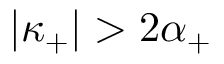
| \kappa _ { + } | > 2 \alpha _ { + }